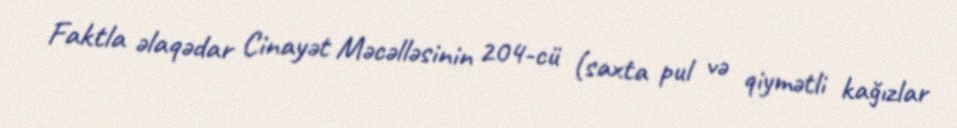
Faktla əlaqədar Cinayət Məcəlləsinin 204-cü (saxta pul və qiymətli kağızlar